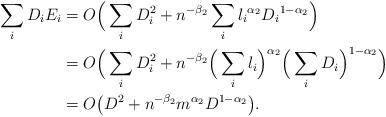
LaTeX: \begin{align*} \sum_{i} D_{i}E_{i} &= O\Big( \sum_i D_i^2 + {n^{-\beta_2}} \sum_{i} {l_i}^{\alpha_2}{D_{i}}^{1-\alpha_2} \Big) \\ &= O\Big( \sum_i D_i^2 + {n^{-\beta_2}} \Big(\sum_{i}{l_i}\Big)^{\alpha_2} \Big(\sum_{i}{D_{i}}\Big)^{1-\alpha_2} \Big) \\ & =O\big( D^{2}+{n^{-\beta_2}} m^{\alpha_2} D^{1-\alpha_2} \big) . \end{align*}